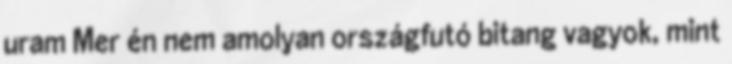
uram Mer én nem amolyan országfutó bitang vagyok, mint